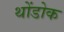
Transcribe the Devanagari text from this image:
थोंडोक